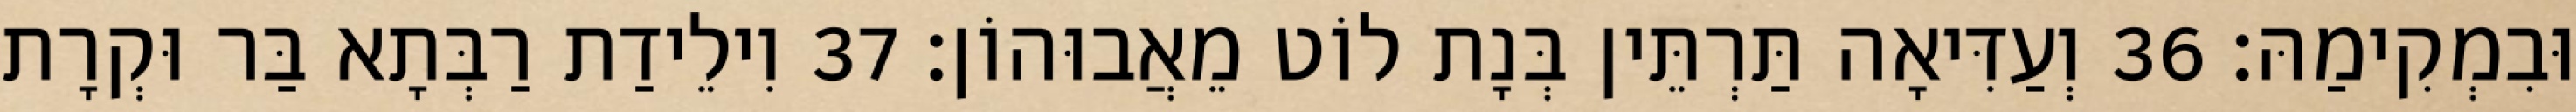
וּבִמְקִימַהּ׃ 36 וְעַדִּיאָה תַּרְתֵּין בְּנָת לוֹט מֵאֲבוּהוֹן׃ 37 וִילֵידַת רַבְּתָא בַּר וּקְרָת